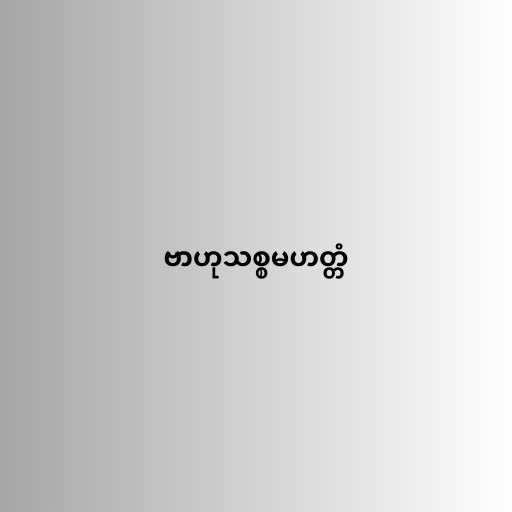
ဗာဟုသစ္စမဟတ္တံ